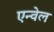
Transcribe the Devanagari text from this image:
एन्वेल